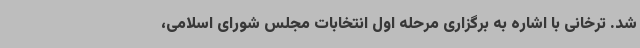
شد. ترخانی با اشاره به برگزاری مرحله اول انتخابات مجلس شورای اسلامی،